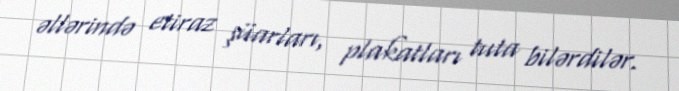
əllərində etiraz şüarları, plakatları tuta bilərdilər.